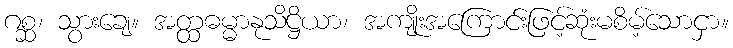
ဂစ္ဆ၊ သွားချေ။ အတ္ထဓမ္မာနုသိဋ္ဌိယာ၊ အကျိုးအကြောင်းဖြင့်ဆုံးမစိမ့်သောငှာ။